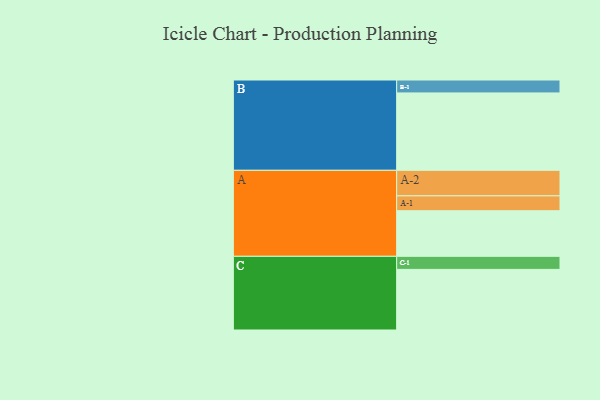
{"axis": {"x": "Segment", "y": "Value"}, "legend": ["", "A", "B", "C"], "data": [{"x": "A", "y": 307, "type": ""}, {"x": "B", "y": 521, "type": ""}, {"x": "C", "y": 408, "type": ""}, {"x": "A-1", "y": 100, "type": "A"}, {"x": "A-2", "y": 172, "type": "A"}, {"x": "B-1", "y": 87, "type": "B"}, {"x": "C-1", "y": 88, "type": "C"}]}